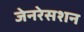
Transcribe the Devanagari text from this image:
जेनरेसशन